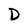
Character: D